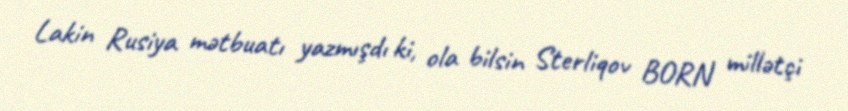
Lakin Rusiya mətbuatı yazmışdı ki, ola bilsin Sterliqov BORN millətçi